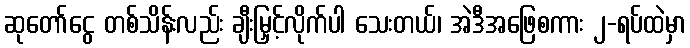
ဆုတော်ငွေ တစ်သိန်းလည်း ချီးမြှင့်လိုက်ပါ သေးတယ်၊ အဲဒီအဖြေစကား ၂-ရပ်ထဲမှာ